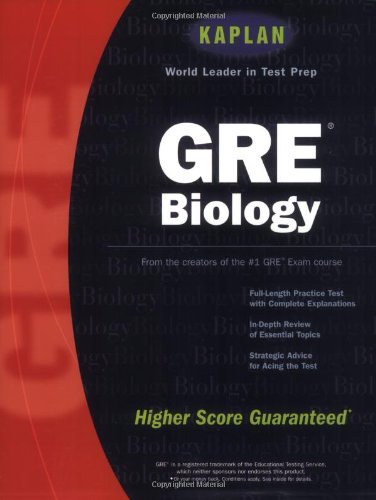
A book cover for Kaplan GRE Biology; Kaplan; Test Preparation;